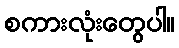
စကားလုံးတွေပါ။